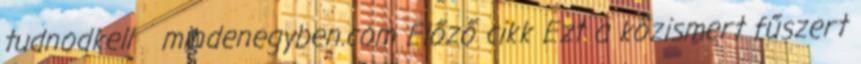
tudnodkell mindenegyben.com Előző cikk Ezt a közismert fűszert